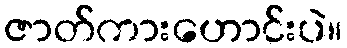
ဇာတ်ကားဟောင်းပဲ။